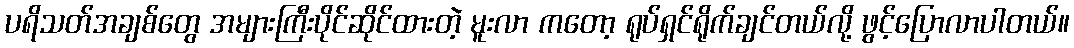
ပရိသတ်အချစ်တွေ အများကြီးပိုင်ဆိုင်ထားတဲ့ မူးလာ ကတော့ ရုပ်ရှင်ရိုက်ချင်တယ်လို့ ဖွင့်ပြောလာပါတယ်။